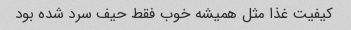
کیفیت غذا مثل همیشه خوب فقط حیف سرد شده بود